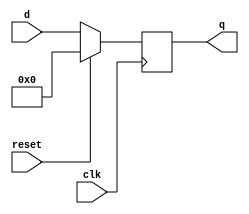
module top_module (
    input clk,
    input reset,            // Synchronous reset
    input [7:0] d,
    output reg [7:0] q
);
always @(posedge clk) begin
    if (reset) begin
        q <= 8'b0;
    end else begin
        q <= d;
    end
end
endmodule